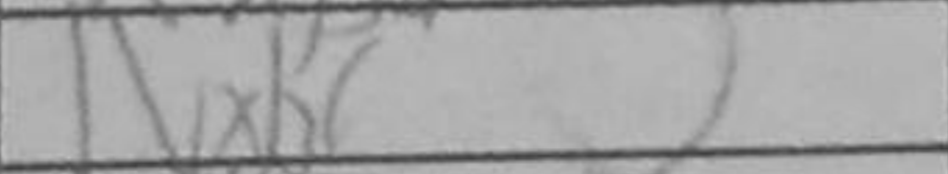
Transcription: Nxb6